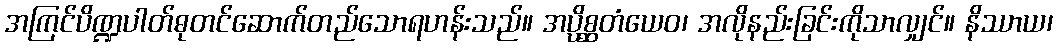
အကြင်ပိဏ္ဍပါတ်ဓုတင်ဆောက်တည်သောရဟန်းသည်။ အပ္ပိစ္ဆတံယေဝ၊ အလိုနည်းခြင်းကိုသာလျှင်။ နိဿာယ၊